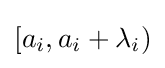
[a_{i},a_{i}+\lambda _{i})